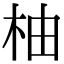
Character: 柚